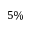
5 \%